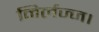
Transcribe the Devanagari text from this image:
निर्लज्ज।